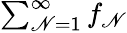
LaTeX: \textstyle\sum_{\mathscr{N}=1}^{\infty}f_{\mathscr{N}}